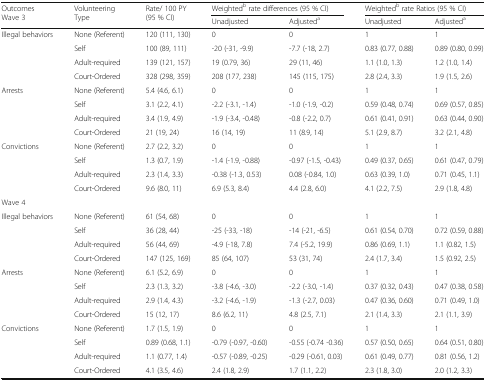
<table><thead><tr><td rowspan="2"><b>OutcomesWave 3</b></td><td rowspan="2"><b>VolunteeringType</b></td><td rowspan="2"><b>Rate/ 100 PY(95 % CI)</b></td><td colspan="2"><b>Weighted<sup>b</sup> rate differences (95 % CI)</b></td><td colspan="2"><b>Weighted<sup>b</sup> rate Ratios (95 % CI)</b></td></tr><tr><td><b>Unadjusted</b></td><td><b>Adjusted<sup>a</sup></b></td><td><b>Unadjusted</b></td><td><b>Adjusted<sup>a</sup></b></td></tr></thead><tbody><tr><td rowspan="4">Illegal behaviors</td><td>None (Referent)</td><td>120 (111, 130)</td><td>0</td><td>0</td><td>1</td><td>1</td></tr><tr><td>Self</td><td>100 (89, 111)</td><td>-20 (-31, -9.9)</td><td>-7.7 (-18, 2.7)</td><td>0.83 (0.77, 0.88)</td><td>0.89 (0.80, 0.99)</td></tr><tr><td>Adult-required</td><td>139 (121, 157)</td><td>19 (0.79, 36)</td><td>29 (11, 46)</td><td>1.1 (1.0, 1.3)</td><td>1.2 (1.0, 1.4)</td></tr><tr><td>Court-Ordered</td><td>328 (298, 359)</td><td>208 (177, 238)</td><td>145 (115, 175)</td><td>2.8 (2.4, 3.3)</td><td>1.9 (1.5, 2.6)</td></tr><tr><td rowspan="4">Arrests</td><td>None (Referent)</td><td>5.4 (4.6, 6.1)</td><td>0</td><td>0</td><td>1</td><td>1</td></tr><tr><td>Self</td><td>3.1 (2.2, 4.1)</td><td>-2.2 (-3.1, -1.4)</td><td>-1.0 (-1.9, -0.2)</td><td>0.59 (0.48, 0.74)</td><td>0.69 (0.57, 0.85)</td></tr><tr><td>Adult-required</td><td>3.4 (1.9, 4.9)</td><td>-1.9 (-3.4, -0.48)</td><td>-0.8 (-2.2, 0.7)</td><td>0.61 (0.41, 0.91)</td><td>0.63 (0.44, 0.90)</td></tr><tr><td>Court-Ordered</td><td>21 (19, 24)</td><td>16 (14, 19)</td><td>11 (8.9, 14)</td><td>5.1 (2.9, 8.7)</td><td>3.2 (2.1, 4.8)</td></tr><tr><td rowspan="4">Convictions</td><td>None (Referent)</td><td>2.7 (2.2, 3.2)</td><td>0</td><td>0</td><td>1</td><td>1</td></tr><tr><td>Self</td><td>1.3 (0.7, 1.9)</td><td>-1.4 (-1.9, -0.88)</td><td>-0.97 (-1.5, -0.43)</td><td>0.49 (0.37, 0.65)</td><td>0.61 (0.47, 0.79)</td></tr><tr><td>Adult-required</td><td>2.3 (1.4, 3.3)</td><td>-0.38 (-1.3, 0.53)</td><td>0.08 (-0.84, 1.0)</td><td>0.63 (0.39, 1.0)</td><td>0.71 (0.45, 1.1)</td></tr><tr><td>Court-Ordered</td><td>9.6 (8.0, 11)</td><td>6.9 (5.3, 8.4)</td><td>4.4 (2.8, 6.0)</td><td>4.1 (2.2, 7.5)</td><td>2.9 (1.8, 4.8)</td></tr><tr><td colspan="7">Wave 4</td></tr><tr><td rowspan="4">Illegal behaviors</td><td>None (Referent)</td><td>61 (54, 68)</td><td>0</td><td>0</td><td>1</td><td>1</td></tr><tr><td>Self</td><td>36 (28, 44)</td><td>-25 (-33, -18)</td><td>-14 (-21, -6.5)</td><td>0.61 (0.54, 0.70)</td><td>0.72 (0.59, 0.88)</td></tr><tr><td>Adult-required</td><td>56 (44, 69)</td><td>-4.9 (-18, 7.8)</td><td>7.4 (-5.2, 19.9)</td><td>0.86 (0.69, 1.1)</td><td>1.1 (0.82, 1.5)</td></tr><tr><td>Court-Ordered</td><td>147 (125, 169)</td><td>85 (64, 107)</td><td>53 (31, 74)</td><td>2.4 (1.7, 3.4)</td><td>1.5 (0.92, 2.5)</td></tr><tr><td rowspan="4">Arrests</td><td>None (Referent)</td><td>6.1 (5.2, 6.9)</td><td>0</td><td>0</td><td>1</td><td>1</td></tr><tr><td>Self</td><td>2.3 (1.3, 3.2)</td><td>-3.8 (-4.6, -3.0)</td><td>-2.2 (-3.0, -1.4)</td><td>0.37 (0.32, 0.43)</td><td>0.47 (0.38, 0.58)</td></tr><tr><td>Adult-required</td><td>2.9 (1.4, 4.3)</td><td>-3.2 (-4.6, -1.9)</td><td>-1.3 (-2.7, 0.03)</td><td>0.47 (0.36, 0.60)</td><td>0.71 (0.49, 1.0)</td></tr><tr><td>Court-Ordered</td><td>15 (12, 17)</td><td>8.6 (6.2, 11)</td><td>4.8 (2.5, 7.1)</td><td>2.1 (1.4, 3.3)</td><td>2.1 (1.1, 3.9)</td></tr><tr><td rowspan="4">Convictions</td><td>None (Referent)</td><td>1.7 (1.5, 1.9)</td><td>0</td><td>0</td><td>1</td><td>1</td></tr><tr><td>Self</td><td>0.89 (0.68, 1.1)</td><td>-0.79 (-0.97, -0.60)</td><td>-0.55 (-0.74 -0.36)</td><td>0.57 (0.50, 0.65)</td><td>0.64 (0.51, 0.80)</td></tr><tr><td>Adult-required</td><td>1.1 (0.77, 1.4)</td><td>-0.57 (-0.89, -0.25)</td><td>-0.29 (-0.61, 0.03)</td><td>0.61 (0.49, 0.77)</td><td>0.81 (0.56, 1.2)</td></tr><tr><td>Court-Ordered</td><td>4.1 (3.5, 4.6)</td><td>2.4 (1.8, 2.9)</td><td>1.7 (1.1, 2.2)</td><td>2.3 (1.8, 3.0)</td><td>2.0 (1.2, 3.3)</td></tr></tbody></table>